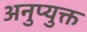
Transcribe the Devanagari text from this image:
अनुप्युक्त